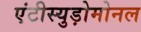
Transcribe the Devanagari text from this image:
एंटीस्युड़ोमोनल